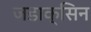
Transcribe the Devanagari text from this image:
जडाक्सिन